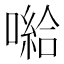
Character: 𱔲